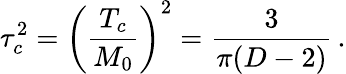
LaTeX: \tau_{c}^{2}=\left(\frac{T_{c}}{M_{0}}\right)^{2}=\frac{3}{\pi(D-2)}\, {.}